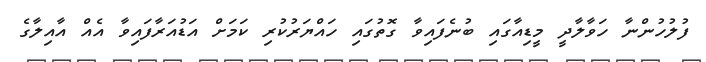
ފުލުހުންނާ ހަވާލާދީ މީޑިއާގައި ބުނެފައިވާ ގޮތުގައި ހައްޔަރުކުރި ކަމަށް އަޑުއަރާފައިވާ އެއް އާއިލާގެ